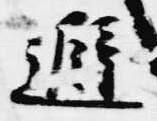
避